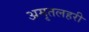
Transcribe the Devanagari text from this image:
अमृतलहरी